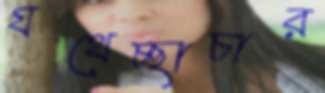
যথেচ্ছাচার